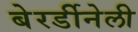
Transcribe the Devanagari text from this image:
बेरर्डीनेली